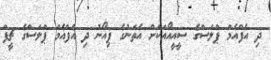
ދި އެފްއެމް ޕްލަސްގެ ސީއީއޯއަކަށް އެތަނުގެ ޕިއޯނު ދި އެފްއެމް ޕްލަސްގެ ޗީފް